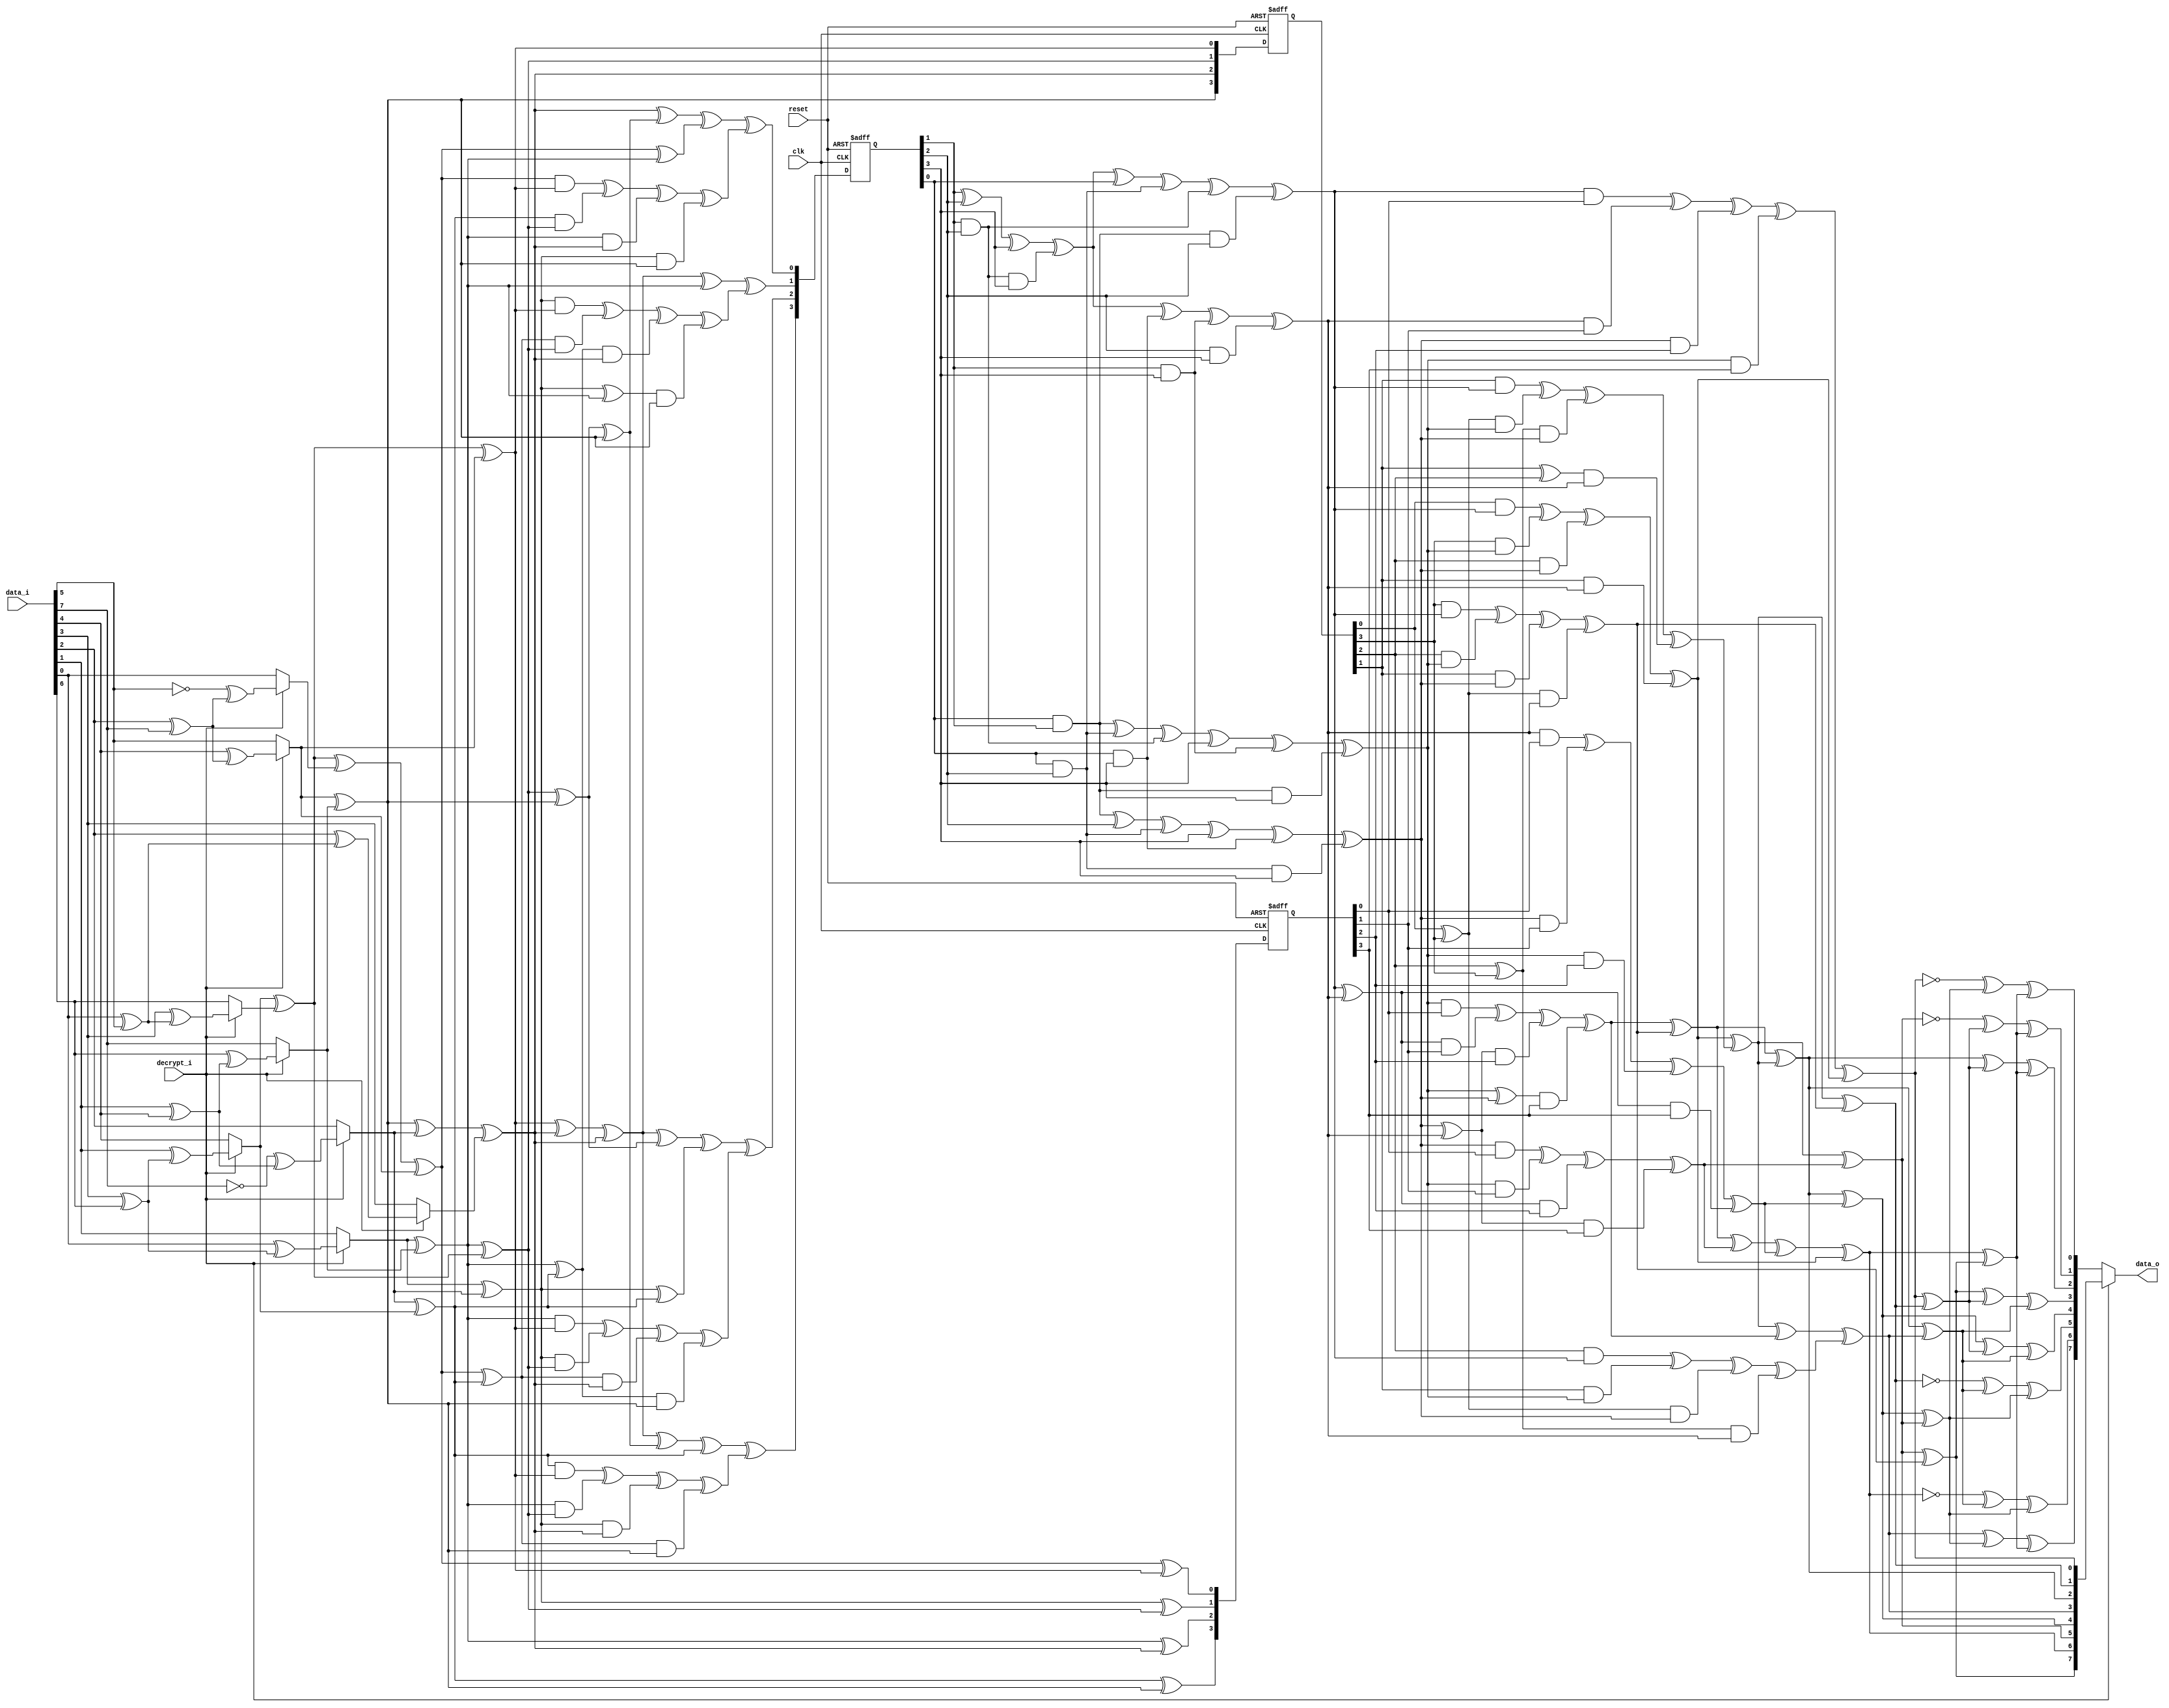
module sbox(clk,reset,data_i,decrypt_i,data_o);
input clk;
input reset;
input [7:0] data_i;
input decrypt_i;
output [7:0] data_o;

reg [7:0] data_o;

reg [7:0] inva;
reg [3:0] ah;
reg [3:0] al;
reg [3:0] ah2;
reg [3:0] al2;
reg [3:0] alxh;
reg [3:0] alph;
reg [3:0] d;
reg [3:0] ahp;
reg [3:0] alp;
reg [3:0] to_invert;
reg [3:0] next_to_invert;
reg [3:0] ah_reg;
reg [3:0] next_ah_reg;
reg [3:0] next_alph;


//registers:
always @(posedge clk or negedge reset)
begin

  if(!reset)
  begin
 
    to_invert = (0);
    ah_reg = (0);
    alph = (0);	
  
  end
  else
  begin
    
    to_invert = (next_to_invert);
    ah_reg = (next_ah_reg);
    alph = (next_alph);	

  end

end


//first_mux:
reg[7:0] first_mux_data_var;
reg[7:0] first_mux_InvInput;
reg[3:0] first_mux_ah_t,first_mux_al_t;
reg first_mux_aA,first_mux_aB,first_mux_aC,first_mux_aD;
	
always @(data_i or decrypt_i)
begin

  first_mux_data_var=data_i;
  first_mux_InvInput=first_mux_data_var;
	
  case(decrypt_i)
    1:
     begin
      
       //Apply inverse affine trasformation
       first_mux_aA=first_mux_data_var[0]^first_mux_data_var[5];first_mux_aB=first_mux_data_var[1]^first_mux_data_var[4];
       first_mux_aC=first_mux_data_var[2]^first_mux_data_var[7];first_mux_aD=first_mux_data_var[3]^first_mux_data_var[6];
       first_mux_InvInput[0]=(!first_mux_data_var[5])^first_mux_aC;
       first_mux_InvInput[1]=first_mux_data_var[0]^first_mux_aD;
       first_mux_InvInput[2]=(!first_mux_data_var[7])^first_mux_aB;
       first_mux_InvInput[3]=first_mux_data_var[2]^first_mux_aA;
       first_mux_InvInput[4]=first_mux_data_var[1]^first_mux_aD;
       first_mux_InvInput[5]=first_mux_data_var[4]^first_mux_aC;
       first_mux_InvInput[6]=first_mux_data_var[3]^first_mux_aA;
       first_mux_InvInput[7]=first_mux_data_var[6]^first_mux_aB;

     end

   default:
     begin

       first_mux_InvInput=first_mux_data_var;
     
     end

  endcase
	
	
  //Convert elements from GF(2^8) into two elements of GF(2^4^2)
	
  first_mux_aA=first_mux_InvInput[1]^first_mux_InvInput[7];
  first_mux_aB=first_mux_InvInput[5]^first_mux_InvInput[7];
  first_mux_aC=first_mux_InvInput[4]^first_mux_InvInput[6];
	
  first_mux_al_t[0]=first_mux_aC^first_mux_InvInput[0]^first_mux_InvInput[5];
  first_mux_al_t[1]=first_mux_InvInput[1]^first_mux_InvInput[2];
  first_mux_al_t[2]=first_mux_aA;
  first_mux_al_t[3]=first_mux_InvInput[2]^first_mux_InvInput[4];
	
  first_mux_ah_t[0]=first_mux_aC^first_mux_InvInput[5];
  first_mux_ah_t[1]=first_mux_aA^first_mux_aC;
  first_mux_ah_t[2]=first_mux_aB^first_mux_InvInput[2]^first_mux_InvInput[3];
  first_mux_ah_t[3]=first_mux_aB;

  al = (first_mux_al_t);
  ah = (first_mux_ah_t);
  next_ah_reg = (first_mux_ah_t);
 
end
//end_mux:


reg[7:0] end_mux_data_var,end_mux_data_o_var;
reg end_mux_aA,end_mux_aB,end_mux_aC,end_mux_aD;

always @(decrypt_i or inva)
begin

  //Take the output of the inverter
  end_mux_data_var=inva;

  case(decrypt_i)

    0:
     begin
       //Apply affine trasformation

       end_mux_aA=end_mux_data_var[0]^end_mux_data_var[1];end_mux_aB=end_mux_data_var[2]^end_mux_data_var[3];
       end_mux_aC=end_mux_data_var[4]^end_mux_data_var[5];end_mux_aD=end_mux_data_var[6]^end_mux_data_var[7];
       end_mux_data_o_var[0]=(!end_mux_data_var[0])^end_mux_aC^end_mux_aD;
       end_mux_data_o_var[1]=(!end_mux_data_var[5])^end_mux_aA^end_mux_aD;
       end_mux_data_o_var[2]=end_mux_data_var[2]^end_mux_aA^end_mux_aD;
       end_mux_data_o_var[3]=end_mux_data_var[7]^end_mux_aA^end_mux_aB;
       end_mux_data_o_var[4]=end_mux_data_var[4]^end_mux_aA^end_mux_aB;
       end_mux_data_o_var[5]=(!end_mux_data_var[1])^end_mux_aB^end_mux_aC;
       end_mux_data_o_var[6]=(!end_mux_data_var[6])^end_mux_aB^end_mux_aC;
       end_mux_data_o_var[7]=end_mux_data_var[3]^end_mux_aC^end_mux_aD;
 
       data_o = (end_mux_data_o_var);
     end

    default:
     begin

       data_o = (end_mux_data_var);
     end
  endcase

end


//inversemap:
reg[3:0] aA,aB;
reg[3:0] inversemap_alp_t,inversemap_ahp_t;
reg[7:0] inversemap_inva_t;

always @(alp or ahp)
begin
	
  inversemap_alp_t=alp;
  inversemap_ahp_t=ahp;
	
  aA=inversemap_alp_t[1]^inversemap_ahp_t[3];
  aB=inversemap_ahp_t[0]^inversemap_ahp_t[1];

  inversemap_inva_t[0]=inversemap_alp_t[0]^inversemap_ahp_t[0];
  inversemap_inva_t[1]=aB^inversemap_ahp_t[3];
  inversemap_inva_t[2]=aA^aB;
  inversemap_inva_t[3]=aB^inversemap_alp_t[1]^inversemap_ahp_t[2];
  inversemap_inva_t[4]=aA^aB^inversemap_alp_t[3];
  inversemap_inva_t[5]=aB^inversemap_alp_t[2];
  inversemap_inva_t[6]=aA^inversemap_alp_t[2]^inversemap_alp_t[3]^inversemap_ahp_t[0];
  inversemap_inva_t[7]=aB^inversemap_alp_t[2]^inversemap_ahp_t[3];

  inva = (inversemap_inva_t);

end

//mul1:
reg[3:0] mul1_alxh_t;
reg[3:0] mul1_aA,mul1_a;

always @(ah or al)
begin

  //alxah
  mul1_aA=al[0]^al[3];
  mul1_a=al[2]^al[3];
	
  mul1_alxh_t[0]=(al[0]&ah[0])^(al[3]&ah[1])^(al[2]&ah[2])^(al[1]&ah[3]);
  mul1_alxh_t[1]=(al[1]&ah[0])^(mul1_aA&ah[1])^(mul1_a&ah[2])^((al[1]^al[2])&ah[3]);
  mul1_alxh_t[2]=(al[2]&ah[0])^(al[1]&ah[1])^(mul1_aA&ah[2])^(mul1_a&ah[3]);
  mul1_alxh_t[3]=(al[3]&ah[0])^(al[2]&ah[1])^(al[1]&ah[2])^(mul1_aA&ah[3]);
	
  alxh = (mul1_alxh_t);

end


//mul2:
reg[3:0] mul2_ahp_t;
reg[3:0] mul2_aA,mul2_aB;

always @(d or ah_reg)
begin

//ahxd
	
  mul2_aA=ah_reg[0]^ah_reg[3];
  mul2_aB=ah_reg[2]^ah_reg[3];
	
  mul2_ahp_t[0]=(ah_reg[0]&d[0])^(ah_reg[3]&d[1])^(ah_reg[2]&d[2])^(ah_reg[1]&d[3]);
  mul2_ahp_t[1]=(ah_reg[1]&d[0])^(mul2_aA&d[1])^(mul2_aB&d[2])^((ah_reg[1]^ah_reg[2])&d[3]);
  mul2_ahp_t[2]=(ah_reg[2]&d[0])^(ah_reg[1]&d[1])^(mul2_aA&d[2])^(mul2_aB&d[3]);
  mul2_ahp_t[3]=(ah_reg[3]&d[0])^(ah_reg[2]&d[1])^(ah_reg[1]&d[2])^(mul2_aA&d[3]);
	
  ahp = (mul2_ahp_t);

end


//mul3:
reg[3:0] mul3_alp_t;
reg[3:0] mul3_aA,mul3_aB;

always @(d or alph)
begin

  //dxal
	
  mul3_aA=d[0]^d[3];
  mul3_aB=d[2]^d[3];

  mul3_alp_t[0]=(d[0]&alph[0])^(d[3]&alph[1])^(d[2]&alph[2])^(d[1]&alph[3]);
  mul3_alp_t[1]=(d[1]&alph[0])^(mul3_aA&alph[1])^(mul3_aB&alph[2])^((d[1]^d[2])&alph[3]);
  mul3_alp_t[2]=(d[2]&alph[0])^(d[1]&alph[1])^(mul3_aA&alph[2])^(mul3_aB&alph[3]);
  mul3_alp_t[3]=(d[3]&alph[0])^(d[2]&alph[1])^(d[1]&alph[2])^(mul3_aA&alph[3]);
	
  alp = (mul3_alp_t);

end


//intermediate:
reg[3:0] intermediate_aA,intermediate_aB;
reg[3:0] intermediate_ah2e,intermediate_ah2epl2,intermediate_to_invert_var;
	
always @(ah2 or al2 or alxh)
begin

  //ah square is multiplied with e
  intermediate_aA=ah2[0]^ah2[1];
  intermediate_aB=ah2[2]^ah2[3];
  intermediate_ah2e[0]=ah2[1]^intermediate_aB;
  intermediate_ah2e[1]=intermediate_aA;
  intermediate_ah2e[2]=intermediate_aA^ah2[2];
  intermediate_ah2e[3]=intermediate_aA^intermediate_aB;
	
  //Addition of intermediate_ah2e plus al2
  intermediate_ah2epl2[0]=intermediate_ah2e[0]^al2[0];
  intermediate_ah2epl2[1]=intermediate_ah2e[1]^al2[1];
  intermediate_ah2epl2[2]=intermediate_ah2e[2]^al2[2];
  intermediate_ah2epl2[3]=intermediate_ah2e[3]^al2[3];
	
  //Addition of last result with the result o f(alxah)
  intermediate_to_invert_var[0]=intermediate_ah2epl2[0]^alxh[0];
  intermediate_to_invert_var[1]=intermediate_ah2epl2[1]^alxh[1];
  intermediate_to_invert_var[2]=intermediate_ah2epl2[2]^alxh[2];
  intermediate_to_invert_var[3]=intermediate_ah2epl2[3]^alxh[3];

  //Registers
  next_to_invert = (intermediate_to_invert_var);

end


//inversion:
reg[3:0] inversion_to_invert_var;
reg[3:0] inversion_aA,inversion_d_t;
	
always @(to_invert)
begin

  inversion_to_invert_var=to_invert;
	
  //Invert theresult in GF(2^4)
  inversion_aA=inversion_to_invert_var[1]^inversion_to_invert_var[2]^inversion_to_invert_var[3]^(inversion_to_invert_var[1]&inversion_to_invert_var[2]&inversion_to_invert_var[3]);
  inversion_d_t[0]=inversion_aA^inversion_to_invert_var[0]^(inversion_to_invert_var[0]&inversion_to_invert_var[2])^(inversion_to_invert_var[1]&inversion_to_invert_var[2])^(inversion_to_invert_var[0]&inversion_to_invert_var[1]&inversion_to_invert_var[2]);
  inversion_d_t[1]=(inversion_to_invert_var[0]&inversion_to_invert_var[1])^(inversion_to_invert_var[0]&inversion_to_invert_var[2])^(inversion_to_invert_var[1]&inversion_to_invert_var[2])^inversion_to_invert_var[3]^(inversion_to_invert_var[1]&inversion_to_invert_var[3])^(inversion_to_invert_var[0]&inversion_to_invert_var[1]&inversion_to_invert_var[3]);
  inversion_d_t[2]=(inversion_to_invert_var[0]&inversion_to_invert_var[1])^inversion_to_invert_var[2]^(inversion_to_invert_var[0]&inversion_to_invert_var[2])^inversion_to_invert_var[3]^(inversion_to_invert_var[0]&inversion_to_invert_var[3])^(inversion_to_invert_var[0]&inversion_to_invert_var[2]&inversion_to_invert_var[3]);
  inversion_d_t[3]=inversion_aA^(inversion_to_invert_var[0]&inversion_to_invert_var[3])^(inversion_to_invert_var[1]&inversion_to_invert_var[3])^(inversion_to_invert_var[2]&inversion_to_invert_var[3]);

  d = (inversion_d_t);

end


//sum1:
reg[3:0] sum1_alph_t;
	
always @(ah or al)
begin
	
  sum1_alph_t[0]=al[0]^ah[0];
  sum1_alph_t[1]=al[1]^ah[1];
  sum1_alph_t[2]=al[2]^ah[2];
  sum1_alph_t[3]=al[3]^ah[3];
	
  next_alph = (sum1_alph_t);

end


//square1:
reg[3:0] square1_ah_t;
	
always @(ah)
begin
	
  square1_ah_t[0]=ah[0]^ah[2];
  square1_ah_t[1]=ah[2];
  square1_ah_t[2]=ah[1]^ah[3];
  square1_ah_t[3]=ah[3];
	
  ah2 = (square1_ah_t);

end


//square2:
reg[3:0] square2_al_t;
	
always @(al)
begin
	
  square2_al_t[0]=al[0]^al[2];
  square2_al_t[1]=al[2];
  square2_al_t[2]=al[1]^al[3];
  square2_al_t[3]=al[3];

  al2 = (square2_al_t);

end

endmodule